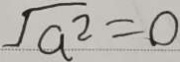
\sqrt { a ^ { 2 } } = 0